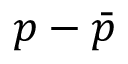
p - \bar { p }